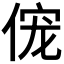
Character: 𫢹